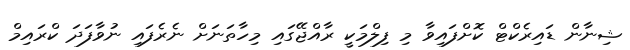
ޝިނާން ޑައިރެކްޓް ކޮށްފައިވާ މި ފިލްމަކީ ރާއްޖޭގައި މިހާތަނަށް ނެރެފައި ނުވާފަދަ ކްރައިމް